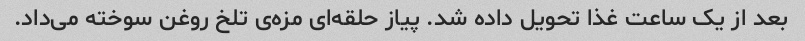
بعد از یک ساعت غذا تحویل داده شد. پیاز حلقه‌ای مزه‌ی تلخ روغن سوخته می‌داد.